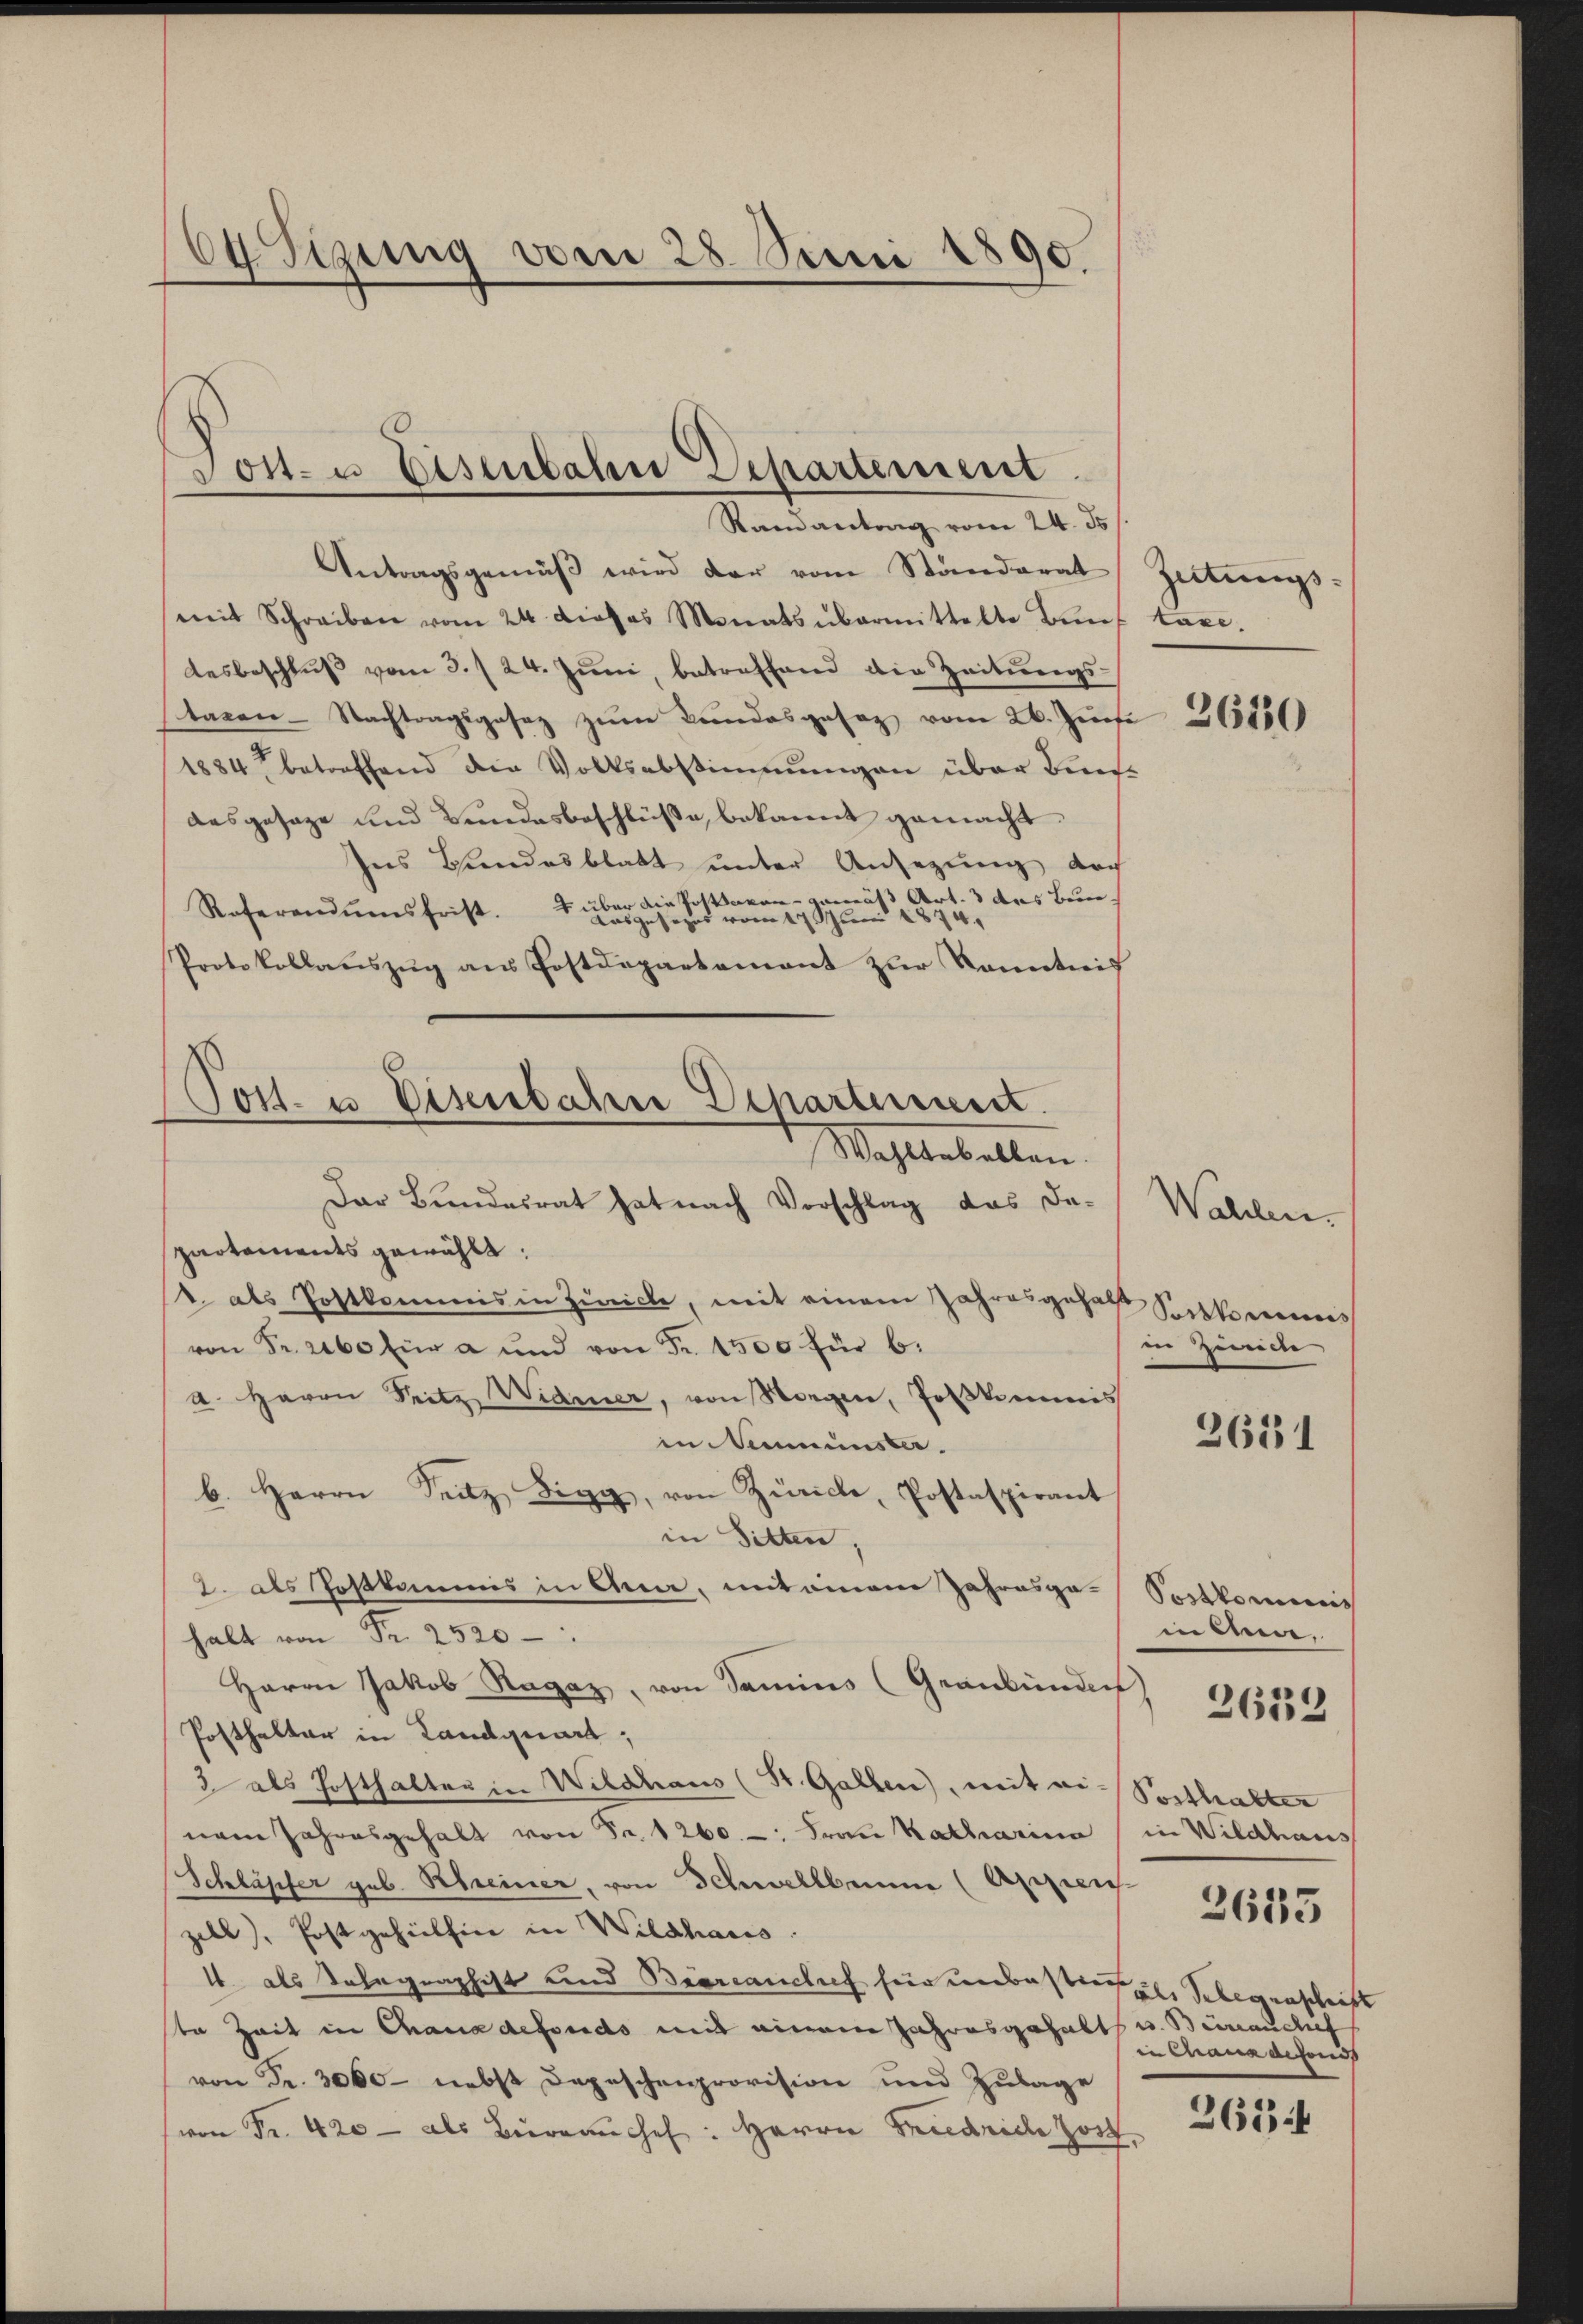
64 Tigung vom 28. Juni 1890.

Jost- u. Eisenbahn Departement
Ramantrag vom 24. J

Post- u Eisenbahn Departement.
Wahlerbelten.
Der Bundesrat hat nach Vorschlag das da-Walden-
partements gewählt:

Antragsgemäß wird der vom Standerat Zeiterungs-
mit Schreiben vom 24. dieses Monats übermittelte Bŭnf taxe.
desbeschlŭβ vom 3. / 24. Jŭni, betreffend die Zeitŭngs-
taxen-Nachtragsgesez zŭm Bŭndesgesez vom 26. Jŭni 1850
1884 betreffend die Volksabstimmungen über Beets
desgesage und Bundesbeschlüße bekannt gemacht.
Ins Handesblatt unter Ansezung doch
Referendumsfrist. 4 über die Postamen gemäß Art. 3 des Bunasgesezes vom 17. Juni 1874.
Protokollaŭszŭg aŭs Postdepartement zŭr Kenntnis
" als Postkommis in Zürich, mit einem Jahresgehalt Setkommis
von Fr. 2060 für a und von Fr. 1500 für 6.
a. Herrn Seitz Widmer, von Sorgen, Tolkommis
in Neumünster.
b. Herrn Seiz Sigg, von Zürich, Postaspirant
in Sitten.
2. als Joskommis in Anna, mit einem Jahresga-Sostkommis
halt von Fr. 2520—
Herrn Jakob Ragaz, von Samins (Graubünden
Posthalter in Landquart,
2 als Hofthalter in Wildhaus (St. Gallen), mit vi-Posthalter
nem Jahresgehalt von Fr. 1260. Frau Katharina (in Wildhaus
Schläpfer geb. Rheiner, von Schwellbrung (Appen 211865
zell), Postgehilhin in Wildhaus.
4 als Telegraphist und Broreanchef für unbestreue Gelegenschrift
ste Zeit in Chana defonds mit einem Jahresgehabt u. Beinauches
von Fr. 3000 - nebst Depeschenprovision und Zulage
von Fr. 420 als Büreaŭche: Herrn Friedrich hoch,

in Zürich

3631

menen.
in Chansachend

2632

263 f